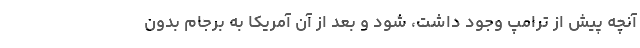
آنچه پیش از ترامپ وجود داشت، شود و بعد از آن آمریکا به برجام بدون